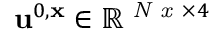
\mathbf { u } ^ { 0 , \mathbf { x } } \in \mathbb { R } ^ { \textit { N x } \times 4 }